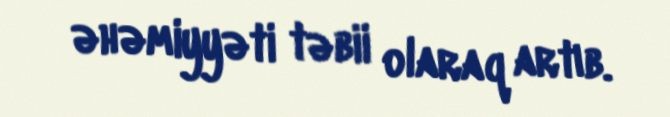
əhəmiyyəti təbii olaraq artıb.